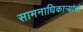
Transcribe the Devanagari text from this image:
सामनाधिकार्‍यांची